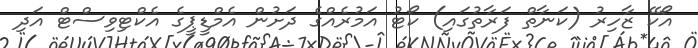
އޯކޭ ޒާހިރު (ކަނާތް ފަރާތުގައި) ކޯޓު އަމުރެއްގެ ދަށުން އެމްޑީޕީގެ އެކްޓިވިސްޓް އަދި